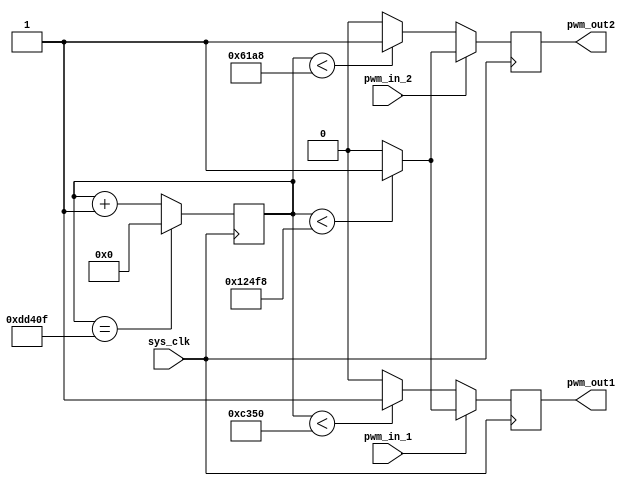
module pwm_0_work(
	sys_clk,
	pwm_in_1,
	pwm_in_2,
	pwm_out1,
	pwm_out2);

	//---Ports declearation: generated by Robei---
	input sys_clk;
	input pwm_in_1;
	input pwm_in_2;
	output pwm_out1;
	output pwm_out2;

	wire sys_clk;
	wire pwm_in_1;
	wire pwm_in_2;
	reg pwm_out1;
	reg pwm_out2;

	//----Code starts here: integrated by Robei-----
		parameter      siezw1 = 160000;
		parameter      siezw2 = 75000;
		parameter      sieze3 = 50000;
		parameter      size4 = 25000;
		
		
		//reg cnt
		reg         [19:0]       pwm_cnt_woek = 0;
		
		
		//always
		always @(posedge sys_clk) begin
		      if(pwm_cnt_woek == 906255) begin
		             pwm_cnt_woek <= 0;
		      end
		      else begin
		             pwm_cnt_woek = pwm_cnt_woek+1;
		      end
		end
		
		//pwm
		always@(posedge sys_clk) begin
		     if(pwm_in_1) begin
		        if(pwm_cnt_woek < siezw2) begin
		               pwm_out1 <= 1;
		        end
		        else begin
		               pwm_out1 <= 0;
		        end
		     end
		     else begin
		          if(pwm_cnt_woek < sieze3) begin
		               pwm_out1 <= 1;
		        end
		        else begin
		               pwm_out1 <= 0;
		        end
		     end
		end 
		
		//pwm
		always@(posedge sys_clk) begin
		     if(pwm_in_2) begin
		        if(pwm_cnt_woek < siezw2) begin
		               pwm_out2 <= 1;
		        end
		        else begin
		               pwm_out2 <= 0;
		        end
		     end
		     else begin
		          if(pwm_cnt_woek < size4) begin
		               pwm_out2 <= 1;
		        end
		        else begin
		               pwm_out2 <= 0;
		        end
		     end
		end
	
	
	
endmodule    //pwm_0_work